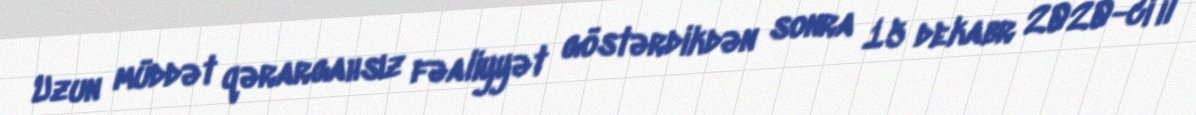
Uzun müddət qərargahsız fəaliyyət göstərdikdən sonra 15 dekabr 2020-ci il